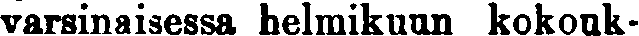
varsinaisessa helmikuun kokouk-